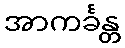
အာကင်္ခန္တ